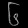
Digit: ၆